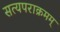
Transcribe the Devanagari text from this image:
सत्यपराक्रमम्